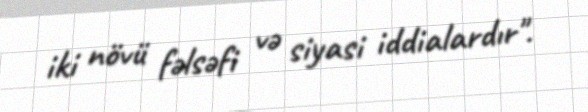
iki növü fəlsəfi və siyasi iddialardır".